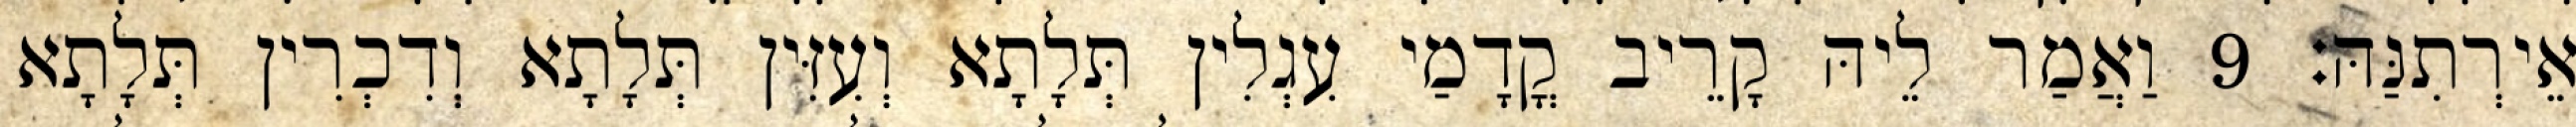
אֵירְתִנַּהּ׃ 9 וַאֲמַר לֵיהּ קָרֵיב קֳדָמַי עִגְלִין תְּלָתָא וְעִזִּין תְּלָתָא וְדִכְרִין תְּלָתָא